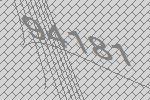
94181